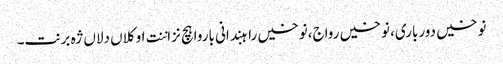
نوخیں دورباری، نوخیں رواج،نوخیں راہبندانی باروا ہچ نزاننت او کلاں دلاں ژہ برنت۔